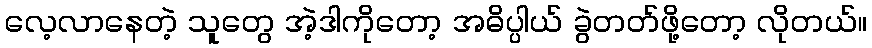
လေ့လာနေတဲ့ သူတွေ အဲ့ဒါကိုတော့ အဓိပ္ပါယ် ခွဲတတ်ဖို့တော့ လိုတယ်။